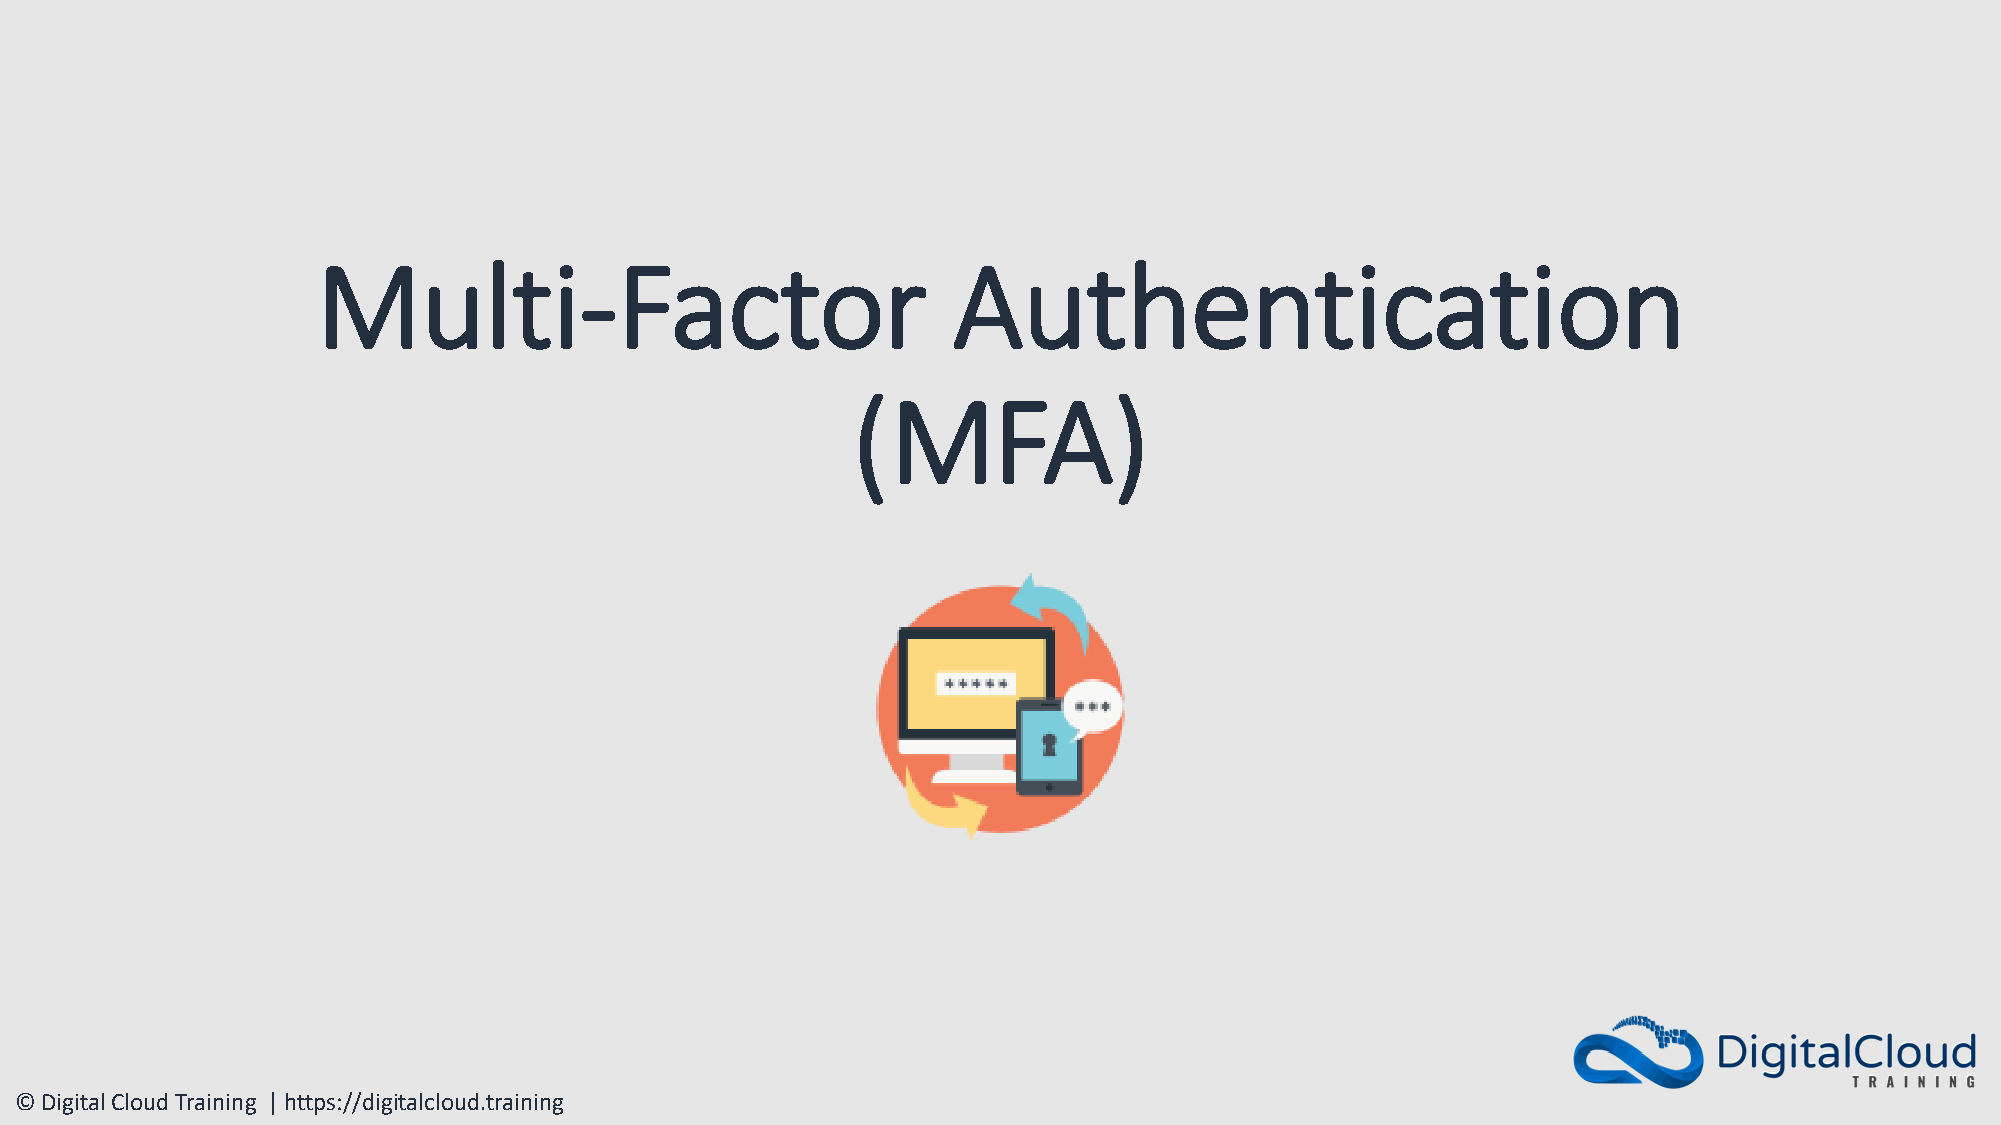
Multi-Factor                              Authentication
 (MFA)
 © Digital Cloud Training | https://digitalcloud.training